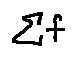
\sum f